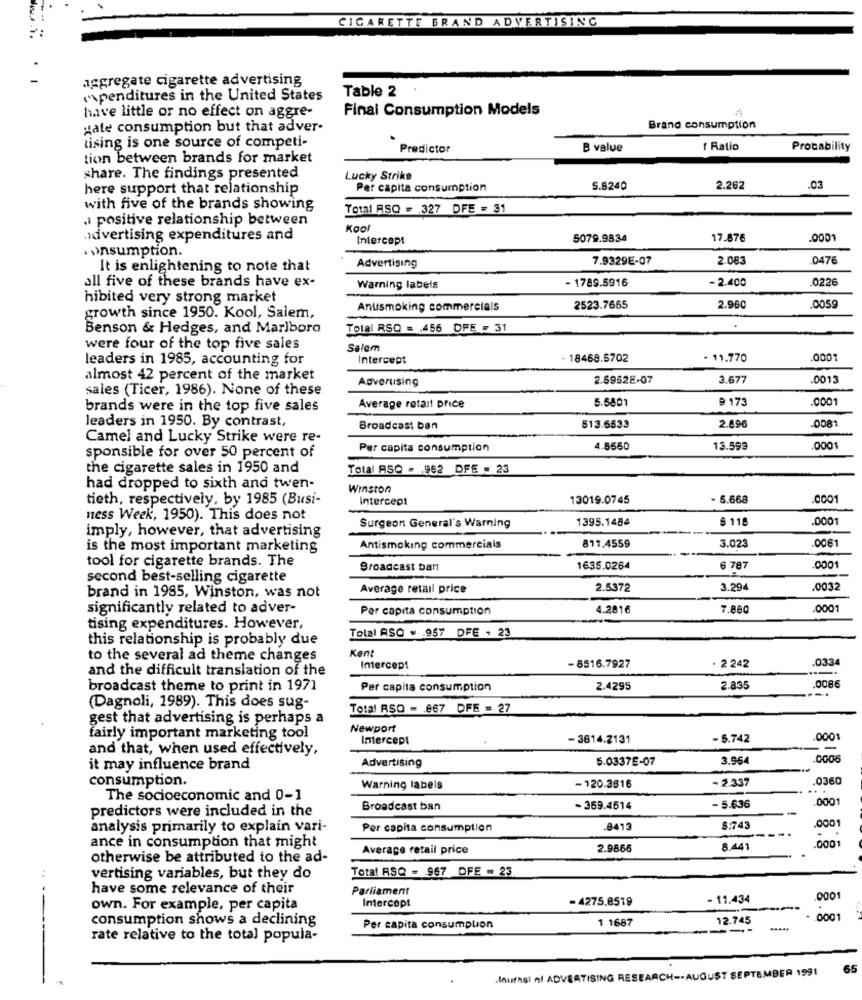
CIGARETTE BRAND ADVERTISING
.
aggregate cigarette advertising
Table 2
expenditures in the United States
Final Consumption Models
have little or no effect on aggre-
Hate consumption but that adver-
Brand consumption
tising is one source of competi-
Predictor
B value
1 Ratio
Probability
tion between brands for market
share. The findings presented
Lucky Strike
here support that relationship
Per capita consumption
5.8240
2.262
.03
with five of the brands showing
Total RSQ = 327 DFE = 31
. positive relationship between
KOO
advertising expenditures and
Intercept
5079.9834
17.876
.0001
. , insumption.
7.9329E-07
2.083
0476
It is enlightening to note that
Advertising
all five of these brands have ex-
- 1789.5916
- 2.400
.0226
Warning labels
hibited very strong market
Antismoking commercials
2523.7665
2.960
.0059
growth since 1950. Kool, Salem,
Benson & Hedges, and Marlboro
Total RSO = 456 OPE - 31
were four of the top five sales
Salem
1000
leaders in 1985, accounting for
Intercept
18468.5702
- 11.770
almost 42 percent of the market
Adverusing
2.5952E-07
3.677
0013
sales (Ticer, 1986). None of these
Average retail price
5.5801
9 173
0001
brands were in the top five sales
.0081
leaders in 1950. By contrast,
Broadcast ban
513.6533
2.896
Camel and Lucky Strike were re-
Per capita consumption
4.8560
13.599
0001
sponsible for over 50 percent of
the cigarette sales in 1950 and
Total ASQ - 962 DFE = 23
had dropped to sixth and twen-
Winston
tieth, respectively, by 1985 (Busi-
Intercept
13019.0745
- 5.668
.0OO
ness Week, 1950). This does not
Surgeon General's Warning
1395.1484
$ 115
.000
imply, however, that advertising
.0061
is the most important marketing
Antismoking commercials
817.4559
3.023
tool for cigarette brands. The
Broadcast ban
1635.0264
6 787
0001
second best-selling cigarette
Average retail price
2.5372
3.294
.003
brand in 1985, Winston, was not
significantly related to adver-
Per capita consumption
4.2816
7.880
.0001
tising expenditures. However,
Tolal ASO . . 957 DFE - 23
this relationship is probably due
Kent
to the several ad theme changes
.0334
and the difficult translation of the
Intercep1
- 8516.7927
2 242
.0086
broadcast theme to print in 1971
Per capita consumption
2.4295
2.83
(Dagnoli, 1989). This does sug-
Total RSO - 867 DFE = 27
gest that advertising is perhaps a
Newport
fairly important marketing tool
Intercept
-3614.2131
- 5.742
0001
and that, when used effectively,
Advertising
5.0337E-07
3.964
.0008
it may influence brand
consumption.
- 2.337
0360
Warning labels
- 120.3816
The socioeconomic and 0-1
0001
predictors were included in the
Broadcast ban
- 369.4514
- 5.636
analysis primarily to explain vari-
Per capita consumption
.8413
5:74
.0001
ance in consumption that might
Average retail price
2.9866
8.441
.000
otherwise be attributed to the ad-
Total RSQ - 967 DFE - 23
vertising variables, but they do
have some relevance of their
Parliament
Intercep!
- 4275.8519
- 11.434
0001
own. For example, per capita
consumption shows a declining
1 168:
12.745
0001
Per capita consumplion
rate relative to the total popula-
65
.Inuthel nf ADVERTISING RESEARCH -- AUGUST SEPTEMBER 1991